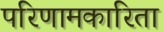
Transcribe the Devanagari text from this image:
परिणामकारिता